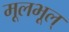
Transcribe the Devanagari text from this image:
मूलभूल्